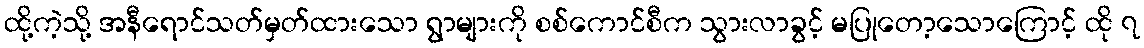
ထို့ကဲ့သို့ အနီရောင်သတ်မှတ်ထားသော ရွာများကို စစ်ကောင်စီက သွားလာခွင့် မပြုတော့သောကြောင့် ထို ၇